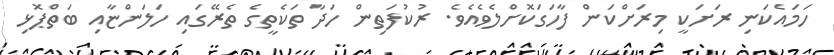
ހަމައެކަނި ރަށަކީ މިރަށްކަން ފާހަގަކޮށްލެވެއެވެ. ރުކުފަތިން ހަދާ ތަކެތީގެ ތެރޭގައި ހަލަންޏާއި ބަތްޕޮޅި